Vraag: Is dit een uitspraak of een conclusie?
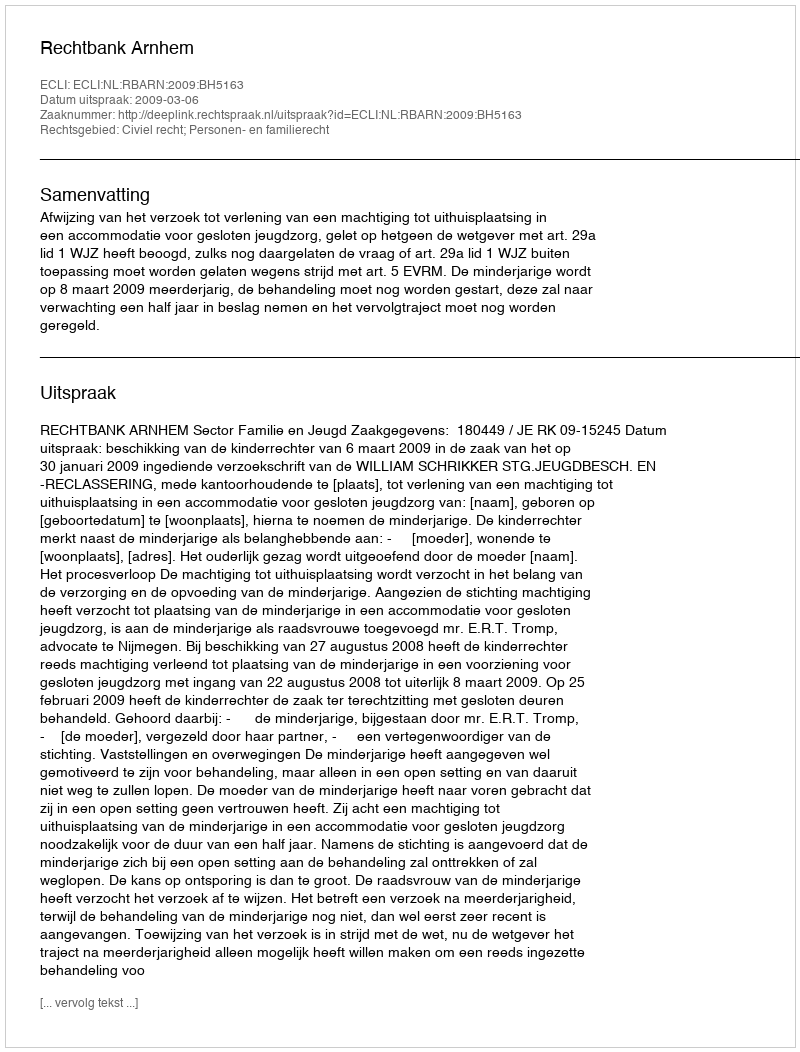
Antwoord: Uitspraak